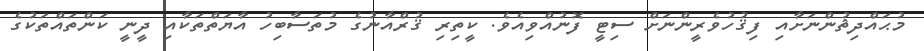
މުޙައްދިޘުންނަށާއި ފިޤުހުވެރީންނަށް ސިޓީ ފޮނުއްވިއެވެ. ކީތިރި ޤުރްއާނުގެ މުތަސާބިހު އާޔަތްތަކާއި ދީނީ ކަންތައްތަކުގެ